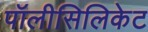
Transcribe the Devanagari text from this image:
पॉलीसिलिकेट